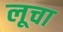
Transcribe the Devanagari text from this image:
लूचा